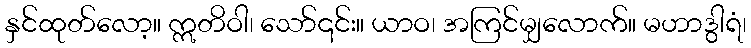
နှင်ထုတ်လော့။ ဣတိဝါ၊ သော်၎င်း။ ယာဝ၊ အကြင်မျှလောက်။ မဟာဒွါရံ၊